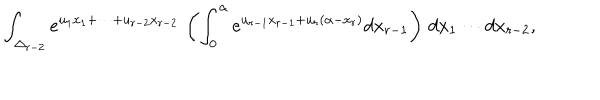
LaTeX: \int _ { \Delta _ { r - 2 } } e ^ { u _ { 1 } x _ { 1 } + \cdots + u _ { r - 2 } x _ { r - 2 } } \, \left( \int _ { 0 } ^ { \alpha } e ^ { u _ { r - 1 } x _ { r - 1 } + u _ { r } ( \alpha - x _ { r } ) } d x _ { r - 1 } \right) \, d x _ { 1 } \cdots d x _ { r - 2 } ,